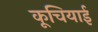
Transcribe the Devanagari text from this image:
कूचियाई